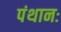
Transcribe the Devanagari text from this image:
पंथानः